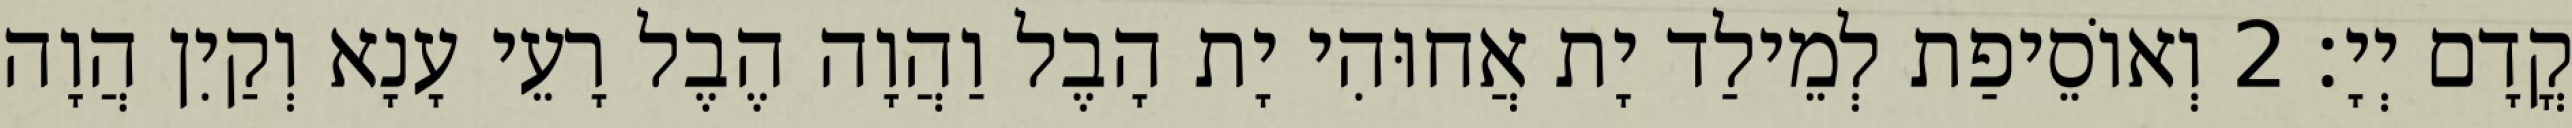
קֳדָם יְיָ׃ 2 וְאוֹסֵיפַת לְמֵילַד יָת אֲחוּהִי יָת הָבֶל וַהֲוָה הֶבֶל רָעֵי עָנָא וְקַיִן הֲוָה